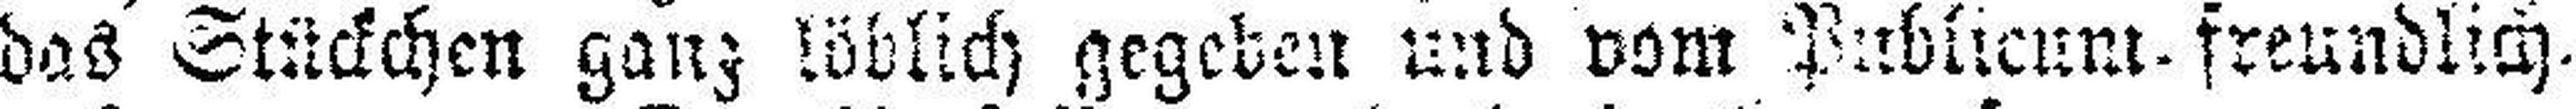
das Stückchen ganz löblich gegeben und vom Publicum. freundlich.